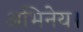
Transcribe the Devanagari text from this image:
अभिनेय।